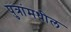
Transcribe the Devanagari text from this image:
पुत्रांमधील